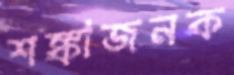
শঙ্কাজনক